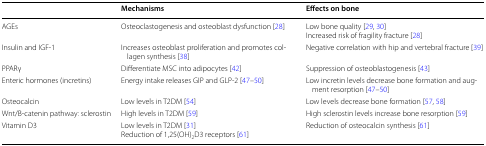
<table><thead><tr><td></td><td><b>Mechanisms</b></td><td><b>Effects on bone</b></td></tr></thead><tbody><tr><td>AGEs</td><td>Osteoclastogenesis and osteoblast dysfunction [28]</td><td>Low bone quality [29, 30]Increased risk of fragility fracture [28]</td></tr><tr><td>Insulin and IGF-1</td><td>Increases osteoblast proliferation and promotes collagen synthesis [38]</td><td>Negative correlation with hip and vertebral fracture [39]</td></tr><tr><td>PPARγ</td><td>Differentiate MSC into adipocytes [42]</td><td>Suppression of osteoblastogenesis [43]</td></tr><tr><td>Enteric hormones (incretins)</td><td>Energy intake releases GIP and GLP-2 [47–50]</td><td>Low incretin levels decrease bone formation and augment resorption [47–50]</td></tr><tr><td>Osteocalcin</td><td>Low levels in T2DM [54]</td><td>Low levels decrease bone formation [57, 58]</td></tr><tr><td>Wnt/B-catenin pathway: sclerostin</td><td>High levels in T2DM [59]</td><td>High sclerostin levels increase bone resorption [59]</td></tr><tr><td>Vitamin D3</td><td>Low levels in T2DM [31]Reduction of 1,25(OH)<sub>2</sub>D3 receptors [61]</td><td>Reduction of osteocalcin synthesis [61]</td></tr></tbody></table>